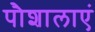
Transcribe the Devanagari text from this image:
पौशालाएं